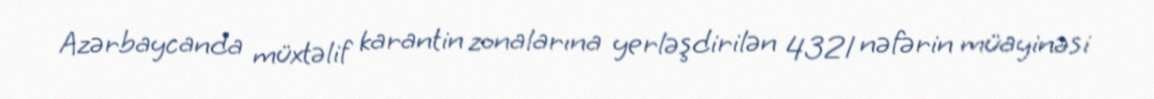
Azərbaycanda müxtəlif karantin zonalarına yerləşdirilən 4321 nəfərin müayinəsi